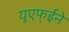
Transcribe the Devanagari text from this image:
यूएफ्ईने